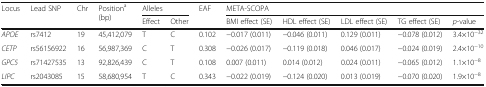
<table><thead><tr><td rowspan="2"><b>Locus</b></td><td rowspan="2"><b>Lead SNP</b></td><td rowspan="2"><b>Chr</b></td><td rowspan="2"><b>Position<sup>a</sup> (bp)</b></td><td colspan="2"><b>Alleles</b></td><td rowspan="2"><b>EAF</b></td><td colspan="5"><b>META-SCOPA</b></td></tr><tr><td><b>Effect</b></td><td><b>Other</b></td><td><b>BMI effect (SE)</b></td><td><b>HDL effect (SE)</b></td><td><b>LDL effect (SE)</b></td><td><b>TG effect (SE)</b></td><td><b><i>p</i>-value</b></td></tr></thead><tbody><tr><td><i>APOE</i></td><td>rs7412</td><td>19</td><td>45,412,079</td><td>T</td><td>C</td><td>0.102</td><td>−0.017 (0.011)</td><td>−0.046 (0.011)</td><td>0.129 (0.011)</td><td>−0.078 (0.012)</td><td>3.4×10<sup>−32</sup></td></tr><tr><td><i>CETP</i></td><td>rs56156922</td><td>16</td><td>56,987,369</td><td>C</td><td>T</td><td>0.308</td><td>−0.026 (0.017)</td><td>−0.119 (0.018)</td><td>0.046 (0.017)</td><td>−0.024 (0.019)</td><td>2.4×10<sup>−10</sup></td></tr><tr><td><i>GPC5</i></td><td>rs71427535</td><td>13</td><td>92,826,439</td><td>C</td><td>T</td><td>0.108</td><td>0.007 (0.011)</td><td>0.014 (0.012)</td><td>0.024 (0.011)</td><td>−0.065 (0.012)</td><td>1.1×10<sup>−8</sup></td></tr><tr><td><i>LIPC</i></td><td>rs2043085</td><td>15</td><td>58,680,954</td><td>T</td><td>C</td><td>0.343</td><td>−0.022 (0.019)</td><td>−0.124 (0.020)</td><td>0.013 (0.019)</td><td>−0.070 (0.020)</td><td>1.9×10<sup>−8</sup></td></tr></tbody></table>